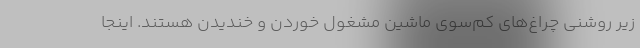
زیر روشنی چراغ‌های کم‌سوی ماشین مشغول خوردن و خندیدن هستند. اینجا